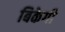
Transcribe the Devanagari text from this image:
बिकेगी